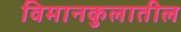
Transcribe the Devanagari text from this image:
विमानकुलातील